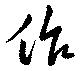
作